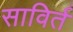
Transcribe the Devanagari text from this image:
साविर्त